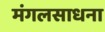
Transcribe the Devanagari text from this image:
मंगलसाधना